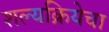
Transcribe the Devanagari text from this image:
शल्यक्रियेचा